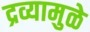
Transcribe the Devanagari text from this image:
द्रव्यामुळे